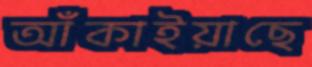
আঁকাইয়াছে